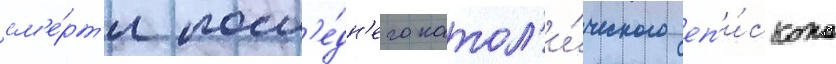
см'е́рт'и посл'е́дн'его катол'и́ческого еп'и́скопа